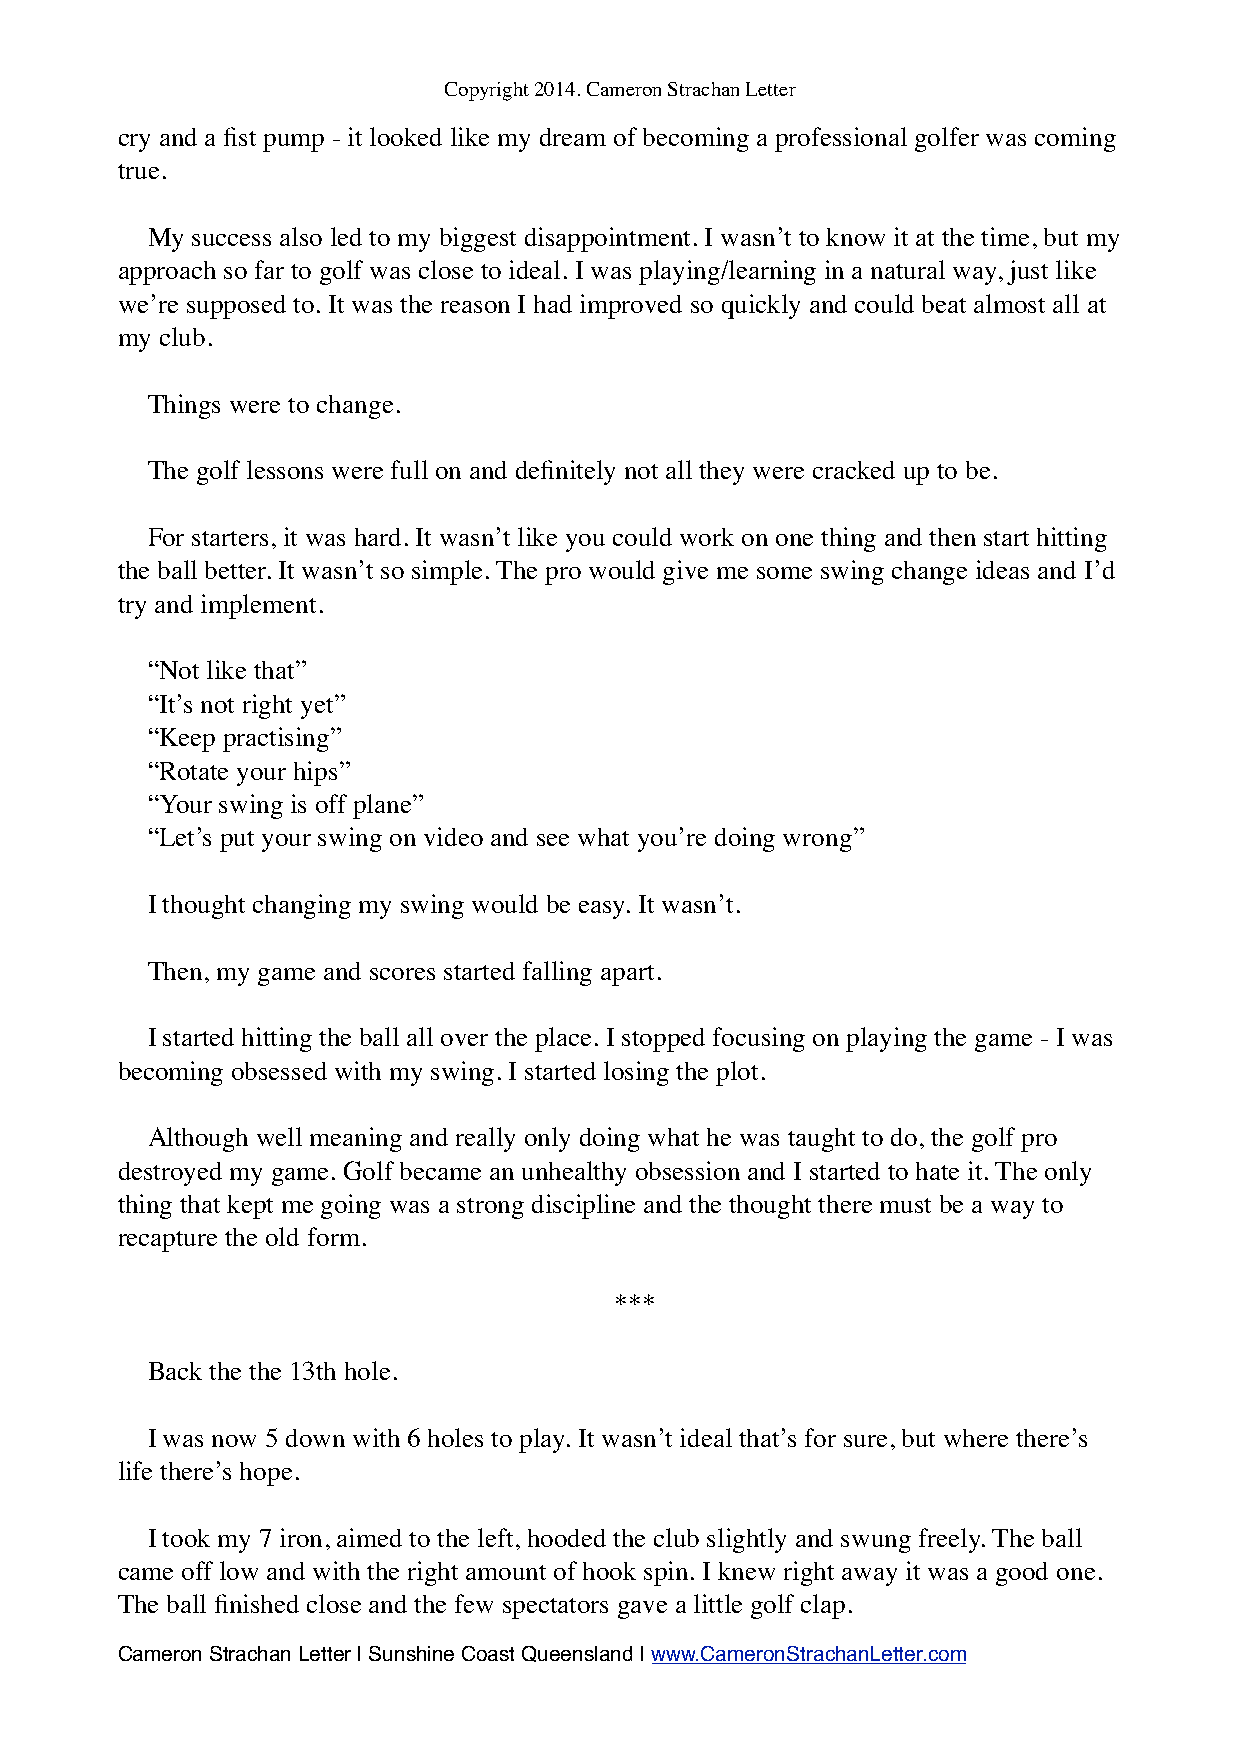
Copyright 2014. Cameron Strachan Letter
 cry and a fist pump - it looked like my dream of becoming a professional golfer was coming
 true.
 My success also led to my biggest disappointment. I wasn’t to know it at the time, but my
 approach so far to golf was close to ideal. I was playing/learning in a natural way, just like
 we’re supposed to. It was the reason I had improved so quickly and could beat almost all at
 my club.
 Things were to change.
 The golf lessons were full on and definitely not all they were cracked up to be.
 For starters, it was hard. It wasn’t like you could work on one thing and then start hitting
 the ball better. It wasn’t so simple. The pro would give me some swing change ideas and I’d
 try and implement.
 “Not like that”
 “It’s not right yet”
 “Keep practising”
 “Rotate your hips”
 “Your swing is off plane”
 “Let’s put your swing on video and see what you’re doing wrong”
 I thought changing my swing would be easy. It wasn’t.
 Then, my game and scores started falling apart.
 I started hitting the ball all over the place. I stopped focusing on playing the game - I was
 becoming obsessed with my swing. I started losing the plot.
 Although well meaning and really only doing what he was taught to do, the golf pro
 destroyed my game. Golf became an unhealthy obsession and I started to hate it. The only
 thing that kept me going was a strong discipline and the thought there must be a way to
 recapture the old form.
 ***
 Back the the 13th hole.
 I was now 5 down with 6 holes to play. It wasn’t ideal that’s for sure, but where there’s
 life there’s hope.
 I took my 7 iron, aimed to the left, hooded the club slightly and swung freely. The ball
 came off low and with the right amount of hook spin. I knew right away it was a good one.
 The ball finished close and the few spectators gave a little golf clap.
 Cameron Strachan Letter | Sunshine Coast Queensland | www.CameronStrachanLetter.com